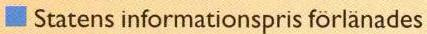
 Statens informationspris forlanades